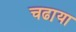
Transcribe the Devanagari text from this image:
चढा़या